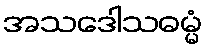
အသဒေါသဓမ္မံ